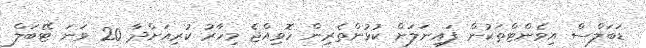
ޑަބަލްސް އިވެންޓްތަކުން ފައިނަލަށް ކުޅުންތެރިން ހޮވިއްޖެ މިހާރު ކުރިއަށްދާ 20 ވަނަ ޓޭބަލް